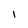
Character: l